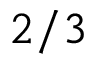
2 / 3